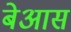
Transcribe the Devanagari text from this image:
बेआस